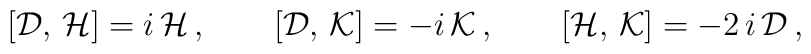
[{\cal D},\,{\cal H} ]=i\,{\cal H}\,,\qquad [{\cal D},\,{\cal K}]=-i\,{\cal K}\,,\qquad [{\cal H},\,{\cal K}]=-2\,i\,{\cal D}\,,